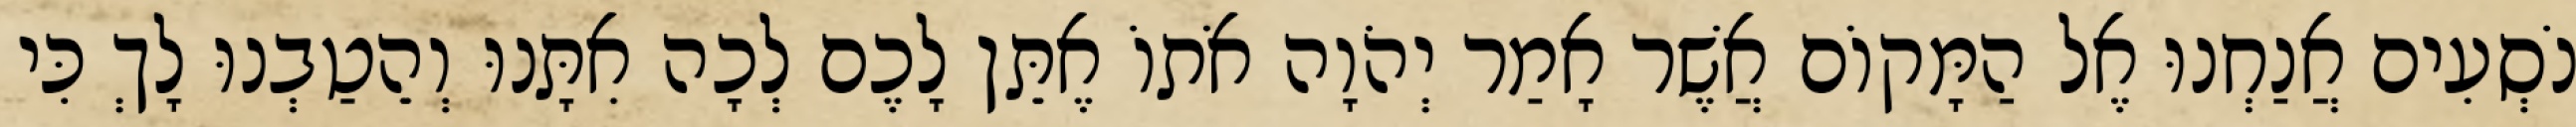
נֹסְעִים אֲנַחְנוּ אֶל הַמָּקוֹם אֲשֶׁר אָמַר יְהֹוָה אֹתוֹ אֶתֵּן לָכֶם לְכָה אִתָּנוּ וְהֵטַבְנוּ לָךְ כִּי